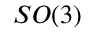
S O ( 3 )